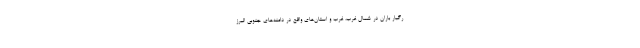
رگبار باران در شمال غرب، غرب و استان‌های واقع در دامنه‌های جنوبی البرز